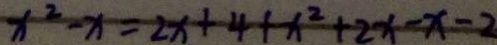
x ^ { 2 } - x = 2 x + 4 + x ^ { 2 } + 2 x - x - 2